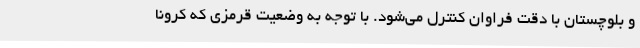
و بلوچستان با دقت فراوان کنترل می‌شود. با توجه به وضعیت قرمزی که کرونا